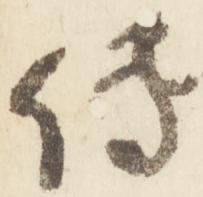
伝